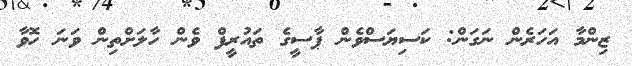
ޒިންމާ އަހަރެން ނަގަން: ކަސިޔަސްވެން ޕާސީގެ ތައުރީފް ވެން ހާލަށްތިން ވަނަ ހޮވާ